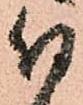
付